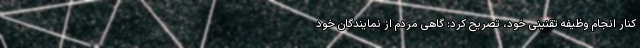
کنار انجام وظیفه تقنینی خود، تصریح کرد: گاهی مردم از نمایندگان خود